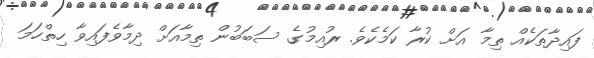
ފައިދާތަކެއް ތިމާ އަށް ކުރާ ކަމެކެވެ. ރުއިމުގެ ސަބަބުން ތިމާއަށް ދިމާވެފައިވާ ހިތްހަމަ